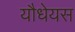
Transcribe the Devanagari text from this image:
यौधेयस